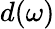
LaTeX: d(\omega)